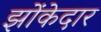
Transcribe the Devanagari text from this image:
झोंकेदार